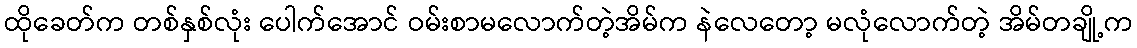
ထိုခေတ်က တစ်နှစ်လုံး ပေါက်အောင် ဝမ်းစာမလောက်တဲ့အိမ်က နဲလေတော့ မလုံလောက်တဲ့ အိမ်တချို့က